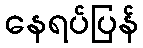
နေရပ်ပြန်